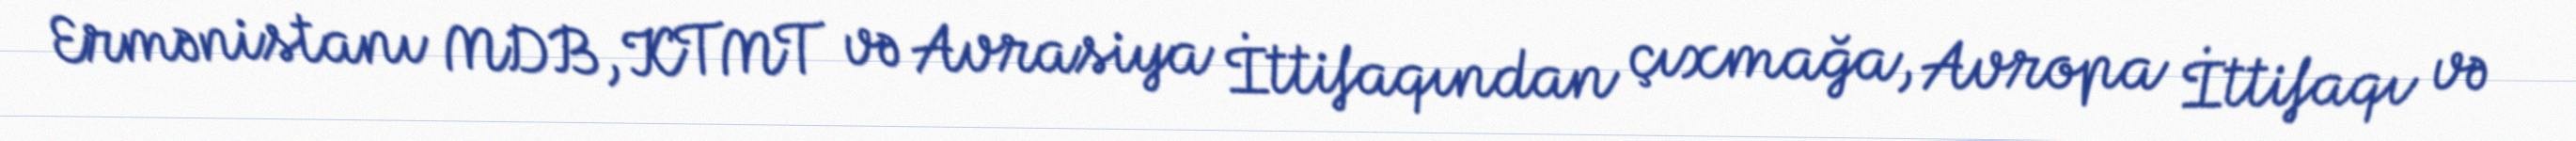
Ermənistanı MDB, KTMT və Avrasiya İttifaqından çıxmağa, Avropa İttifaqı və